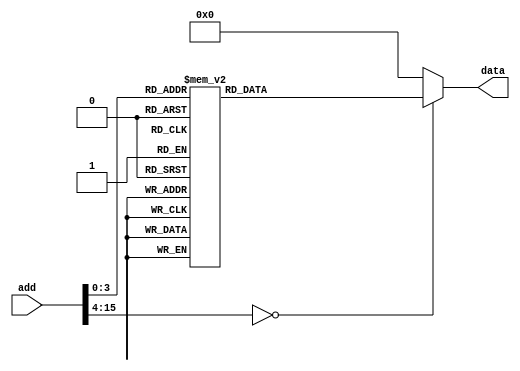
`timescale 1ns / 1ps
//////////////////////////////////////////////////////////////////////////////////
// Company: 
// Engineer: 
// 
// Design Name: 
// Module Name:    insmem 
// Project Name: 
// Target Devices: 
// Tool versions: 
// Description: 
//
// Dependencies: 
//
// Revision: 
// Revision 0.01 - File Created
// Additional Comments: 
//
//////////////////////////////////////////////////////////////////////////////////
module insmem #(parameter width=16)
	(
	input [15:0] add,
    output  reg [width-1:0] data
    );

always @(*)
case(add)	
16'h0000:   data<=16'h8112;
16'h0001:   data<=16'h0002;
16'h0002:   data<=16'h0003;
16'h0003:   data<=16'h10f4;
16'h0004:   data<=16'hd905;
16'h0005:   data<=16'h0343;
16'h0006:   data<=16'h1344;
16'h0007:   data<=16'h12f2;
16'h0008:	data<=16'h93ff;
16'h0009:   data<=16'heffa;
16'h000a:   data<=16'h0000;
16'h000b:   data<=16'heffe;
default:    data<=16'h0000;
endcase
endmodule